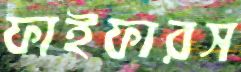
ফাইফারস